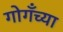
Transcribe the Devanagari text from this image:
गोगँच्या